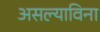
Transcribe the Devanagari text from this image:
असल्याविना